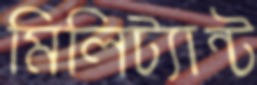
মিলিট্যান্ট